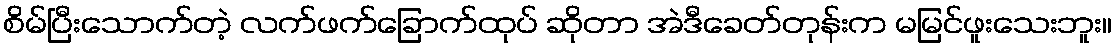
စိမ်ပြီးသောက်တဲ့ လက်ဖက်ခြောက်ထုပ် ဆိုတာ အဲဒီခေတ်တုန်းက မမြင်ဖူးသေးဘူး။